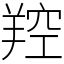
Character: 羫